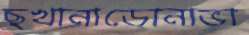
ছখানাডোনাভা